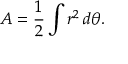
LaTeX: A = { \frac { 1 } { 2 } } \int r ^ { 2 } \, d \theta .